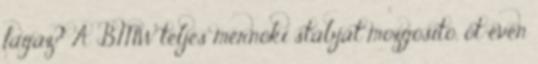
fagáz? A BMW teljes mérnöki stábját mozgósító, öt éven